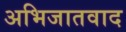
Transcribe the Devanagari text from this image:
अभिजातवाद